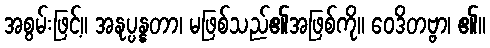
အစွမ်းဖြင့်။ အနုပ္ပန္နတာ၊ မဖြစ်သည်၏အဖြစ်ကို။ ဝေဒိတဗ္ဗာ၊ ၏။